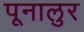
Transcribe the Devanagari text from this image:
पूनालुर